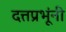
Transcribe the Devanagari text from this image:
दत्तप्रभूंनी